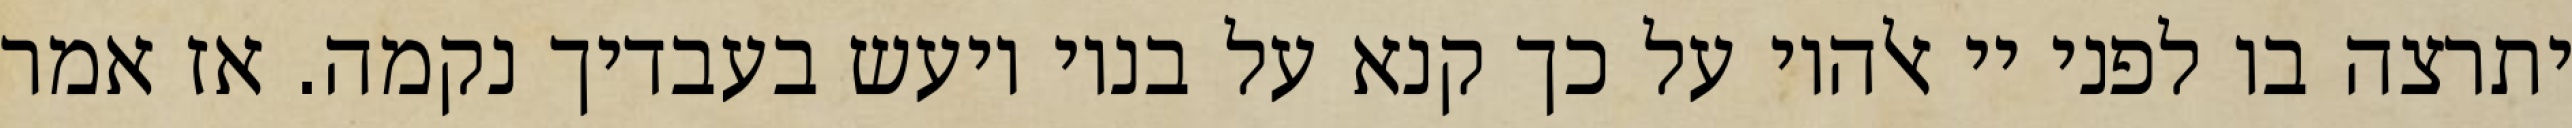
יתרצה בו לפני יי אלהיו על כך קנא על בניו ויעש בעבדיך נקמה. אז אמר